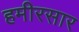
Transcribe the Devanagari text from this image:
हमीरसार